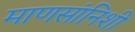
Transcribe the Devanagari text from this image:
माणसांनिशी